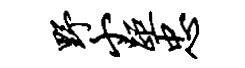
野小距忠